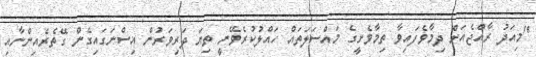
"މިއަދު ރާއްޖެއަށް ދިމާވެފައިވާ ތިމާވެށީގެ މައްސަލަތައް ހައްލުކުރެވޭނީ ތިޔަ ދަރިވަރުން އިސްނަގައިގެން ގޭތެރެއިންނާއި